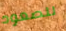
للصعود